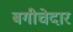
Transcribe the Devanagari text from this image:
बगीचेदार